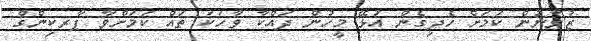
ޒުވާނުން ކަމަށް ހެދިގެން އުޅޭ މީހުން ދައްކާ ވާހަކަ ތައް ކަމަށްވާ ޕާރކިންގް